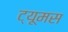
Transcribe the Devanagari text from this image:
ट्यूमस